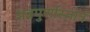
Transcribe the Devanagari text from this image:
अन्नपुर्णास्तोत्रं